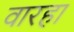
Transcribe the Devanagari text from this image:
वारहा